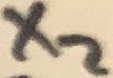
Text: X2